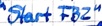
Text: "Start FB2"